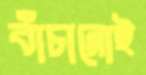
বাঁচানোই